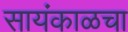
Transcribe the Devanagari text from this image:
सायंकाळचा